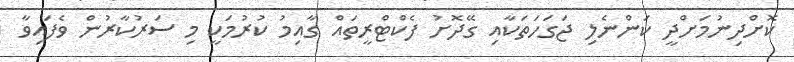
ކޮށްދިނުމަށްދީ ކަންނެލި ޖަގަހަތަކާއި ގޭދޮށު ފެކްޓްރީތައް ގާއިިމު ކުރުމަކީ މި ސަރުކާރުން ވެފައިވާ